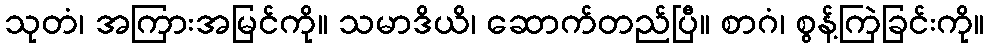
သုတံ၊ အကြားအမြင်ကို။ သမာဒိယိ၊ ဆောက်တည်ပြီ။ စာဂံ၊ စွန့်ကြဲခြင်းကို။